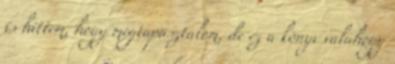
is hittem, hogy megtapasztalom, de ez a könyv valahogy